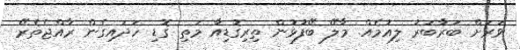
ވަރަށް ބަރާބަރު ލިއުމެއް. މާލޭ ބޭފުޅުން ތިރިގޮޑިއާ މަތި ގޮޑި ހަދައިގެން ރާއްޖެތެރޭ